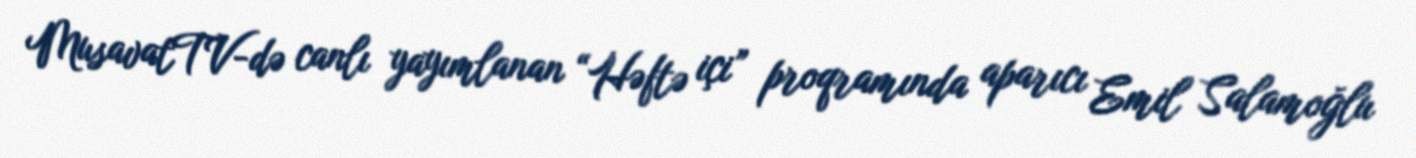
MusavatTV-də canlı yayımlanan “Həftə içi” proqramında aparıcı Emil Salamoğlu